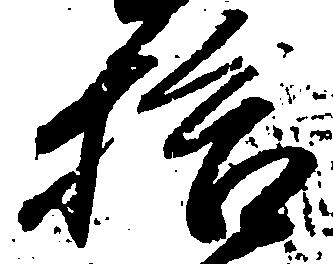
拾